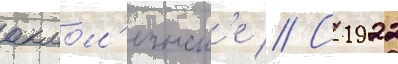
акмол'инск'е // С 1922